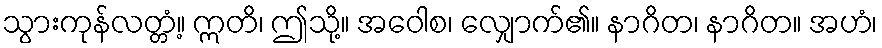
သွားကုန်လတ္တံ့။ ဣတိ၊ ဤသို့။ အဝေါစ၊ လျှောက်၏။ နာဂိတ၊ နာဂိတ။ အဟံ၊